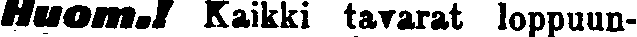
Huom.! Kaikki tavarat loppuun-